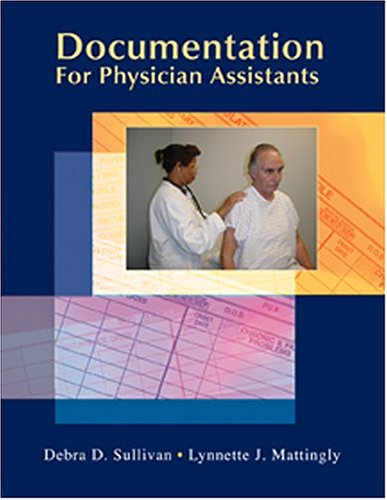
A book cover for Documentation for Physician Assistants (Sullivan, Documentation for Physician Assistants); Debra D. Sullivan PhD  RN  PA-C; Medical Books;